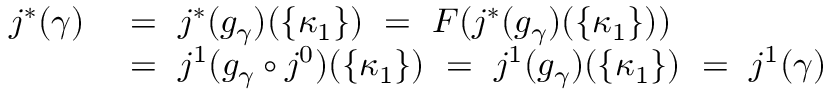
\begin{array} { r l } { j ^ { * } ( \gamma ) ~ } & { = ~ j ^ { * } ( g _ { \gamma } ) ( \{ \kappa _ { 1 } \} ) ~ = ~ F ( j ^ { * } ( g _ { \gamma } ) ( \{ \kappa _ { 1 } \} ) ) } \\ & { = ~ j ^ { 1 } ( g _ { \gamma } \circ j ^ { 0 } ) ( \{ \kappa _ { 1 } \} ) ~ = ~ j ^ { 1 } ( g _ { \gamma } ) ( \{ \kappa _ { 1 } \} ) ~ = ~ j ^ { 1 } ( \gamma ) } \end{array}